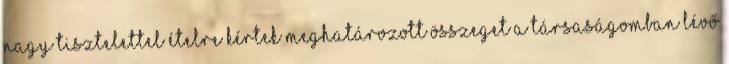
nagy tisztelettel ételre kértek meghatározott összeget a társaságomban lévő